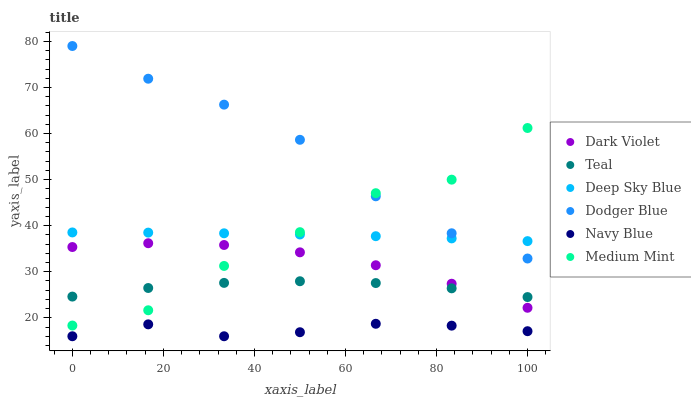
| xaxis_label | Dark Violet | Teal | Deep Sky Blue | Dodger Blue | Navy Blue | Medium Mint |
 | --- | --- | --- | --- | --- | --- | --- |
 | 0 | 35.4 | 24.6 | 38.5 | 79 | 16 | 18.3 |
 | 16.7 | 36.2 | 26.5 | 38.5 | 71.9 | 18.6 | 21.6 |
 | 33.3 | 35.8 | 27.6 | 38.3 | 66.3 | 16 | 31.3 |
 | 50 | 34.2 | 27.9 | 38.1 | 58.6 | 16.9 | 38.6 |
 | 66.7 | 31.4 | 27.5 | 37.7 | 46.4 | 18.7 | 47.1 |
 | 83.3 | 27.4 | 26.4 | 37.2 | 38.4 | 18.3 | 50 |
 | 100 | 22.2 | 24.5 | 36.7 | 32.9 | 17.1 | 61.2 |